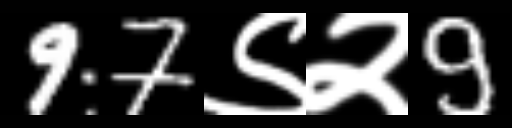
Text: 97९२9